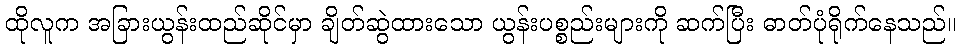
ထိုလူက အခြားယွန်းထည်ဆိုင်မှာ ချိတ်ဆွဲထားသော ယွန်းပစ္စည်းများကို ဆက်ပြီး ဓာတ်ပုံရိုက်နေသည်။